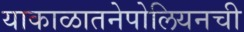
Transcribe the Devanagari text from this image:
याकाळातनेपोलियनची